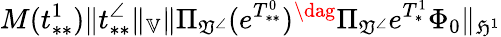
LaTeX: M(t_{**}^{1})\| t_{**}^{\angle}\| _{\mathbb{V}}\| \Pi_{\mathfrak{V}^{\angle}}(e^{T_{**}^{0}})^{\dag}\Pi_{\mathfrak{V}^{\angle}}e^{T_{*}^{1}}\Phi_{0}\| _{\mathfrak{H}^{1}}